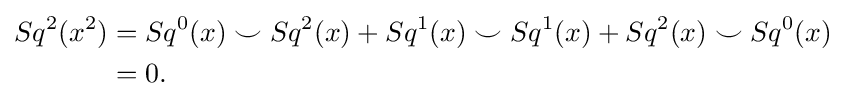
{\begin{aligned}Sq^{2}(x^{2})&=Sq^{0}(x)\smile Sq^{2}(x)+Sq^{1}(x)\smile Sq^{1}(x)+Sq^{2}(x)\smile Sq^{0}(x)\\&=0.\end{aligned}}